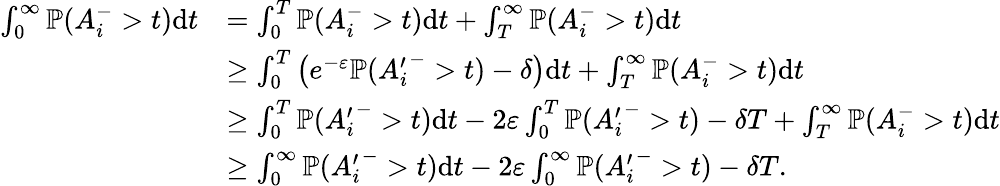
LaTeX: \begin{array}{rl}{\int_{0}^{\infty}{\mathbb{P}}(A_{i}^{-}>t)\mathrm{d}t}&{=\int_{0}^{T}{\mathbb{P}}(A_{i}^{-}>t)\mathrm{d}t+\int_{T}^{\infty}{\mathbb{P}}(A_{i}^{-}>t)\mathrm{d}t}\\ &{\geq\int_{0}^{T}\left(e^{-\varepsilon}{\mathbb{P}}({A_{i}^{\prime}}^{-}>t)-\delta\right)\mathrm{d}t+\int_{T}^{\infty}{\mathbb{P}}(A_{i}^{-}>t)\mathrm{d}t}\\ &{\geq\int_{0}^{T}{\mathbb{P}}({A_{i}^{\prime}}^{-}>t)\mathrm{d}t-2\varepsilon\int_{0}^{T}{\mathbb{P}}({A_{i}^{\prime}}^{-}>t)-\delta T+\int_{T}^{\infty}{\mathbb{P}}(A_{i}^{-}>t)\mathrm{d}t}\\ &{\geq\int_{0}^{\infty}{\mathbb{P}}({A_{i}^{\prime}}^{-}>t)\mathrm{d}t-2\varepsilon\int_{0}^{\infty}{\mathbb{P}}({A_{i}^{\prime}}^{-}>t)-\delta T.}\end{array}